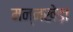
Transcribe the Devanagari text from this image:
मन्नखेड़ा